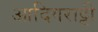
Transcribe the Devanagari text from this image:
आदिगराट्टी